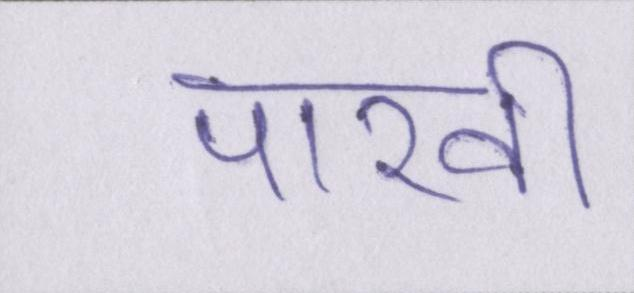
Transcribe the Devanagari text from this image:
पाखी